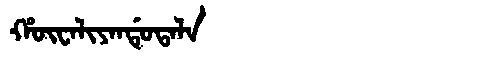
Manchu: ᡥᡡᠸᠠᠯᡳᠶᠠᠨᡩᡠᡨᠠᠯᠠ
Romanization: HŪWALIYANDUTALA